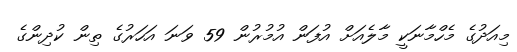
މިއަދުގެ މެހްމާނަކީ މާލެއަށް އުފަން އުމުރުން 59 ވަނަ އަހަރުގެ ތިން ކުދިންގެ